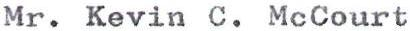
Mr. Kevin C. McCourt